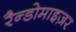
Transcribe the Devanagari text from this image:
रैन्डोमाइज़र